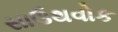
સાઉથવોક